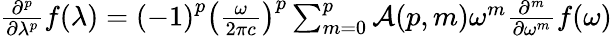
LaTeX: {\begin{array}{c}{{\frac{{\partial}^{p}}{\partial{\lambda}^{p}}}f\mathrm{(}\lambda\mathrm{)}={\left(\mathrm{-}\mathrm{1}\right)}^{p}{\left({\frac{\omega}{\mathrm{2}\pi c}}\right)}^{p}\sum_{m={0}}^{p}{{\mathcal{A}}\mathrm{(}p,m\mathrm{)}{\omega}^{m}{\frac{{\partial}^{m}}{\partial{\omega}^{m}}}f\mathrm{(}\omega\mathrm{)}}}\end{array}}